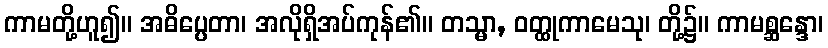
ကာမတို့ဟူ၍။ အဓိပ္ပေတာ၊ အလိုရှိအပ်ကုန်၏။ တသ္မာ, ဝတ္ထုကာမေသု၊ တို့၌။ ကာမစ္ဆန္ဒော၊